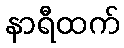
နာရီထက်